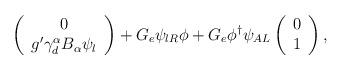
LaTeX: \begin{align*}\left( \begin{array}{c}0 \\ g^{\prime }\gamma _{d}^{\alpha }B_{\alpha }\psi _{l}\end{array}\right) +G_{e}\psi _{lR}\phi +G_{e}\phi ^{\dagger }\psi _{AL}\left( \begin{array}{c}0 \\ 1\end{array}\right) , \end{align*}